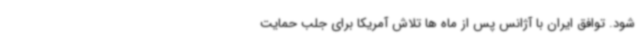
شود. توافق ایران با آژانس پس از ماه ها تلاش آمریکا برای جلب حمایت